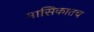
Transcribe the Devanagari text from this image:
मासिकातच